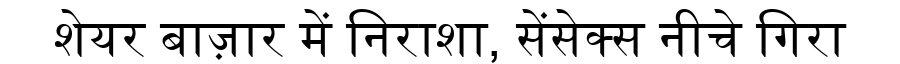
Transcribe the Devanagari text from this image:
शेयर बाज़ार में निराशा, सेंसेक्स नीचे गिरा